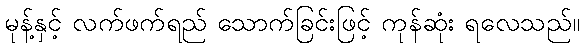
မုန့်နှင့် လက်ဖက်ရည် သောက်ခြင်းဖြင့် ကုန်ဆုံး ရလေသည်။